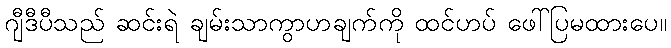
ဂျီဒီပီသည် ဆင်းရဲ ချမ်းသာကွာဟချက်ကို ထင်ဟပ် ဖေါ်ပြမထားပေ။